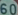
60